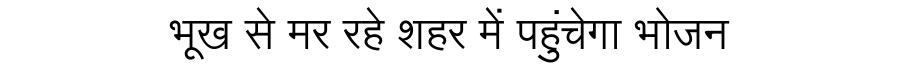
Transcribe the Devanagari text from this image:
भूख से मर रहे शहर में पहुंचेगा भोजन